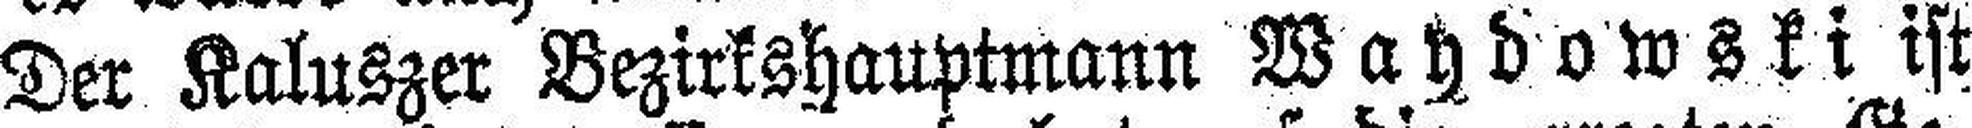
Der Kaluszer Bezirkshauptmann Wahdowski ist